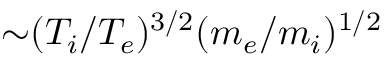
{ \sim } ( T _ { i } / T _ { e } ) ^ { 3 / 2 } ( m _ { e } / m _ { i } ) ^ { 1 / 2 }